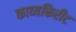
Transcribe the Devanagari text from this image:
काव्यकिरीट